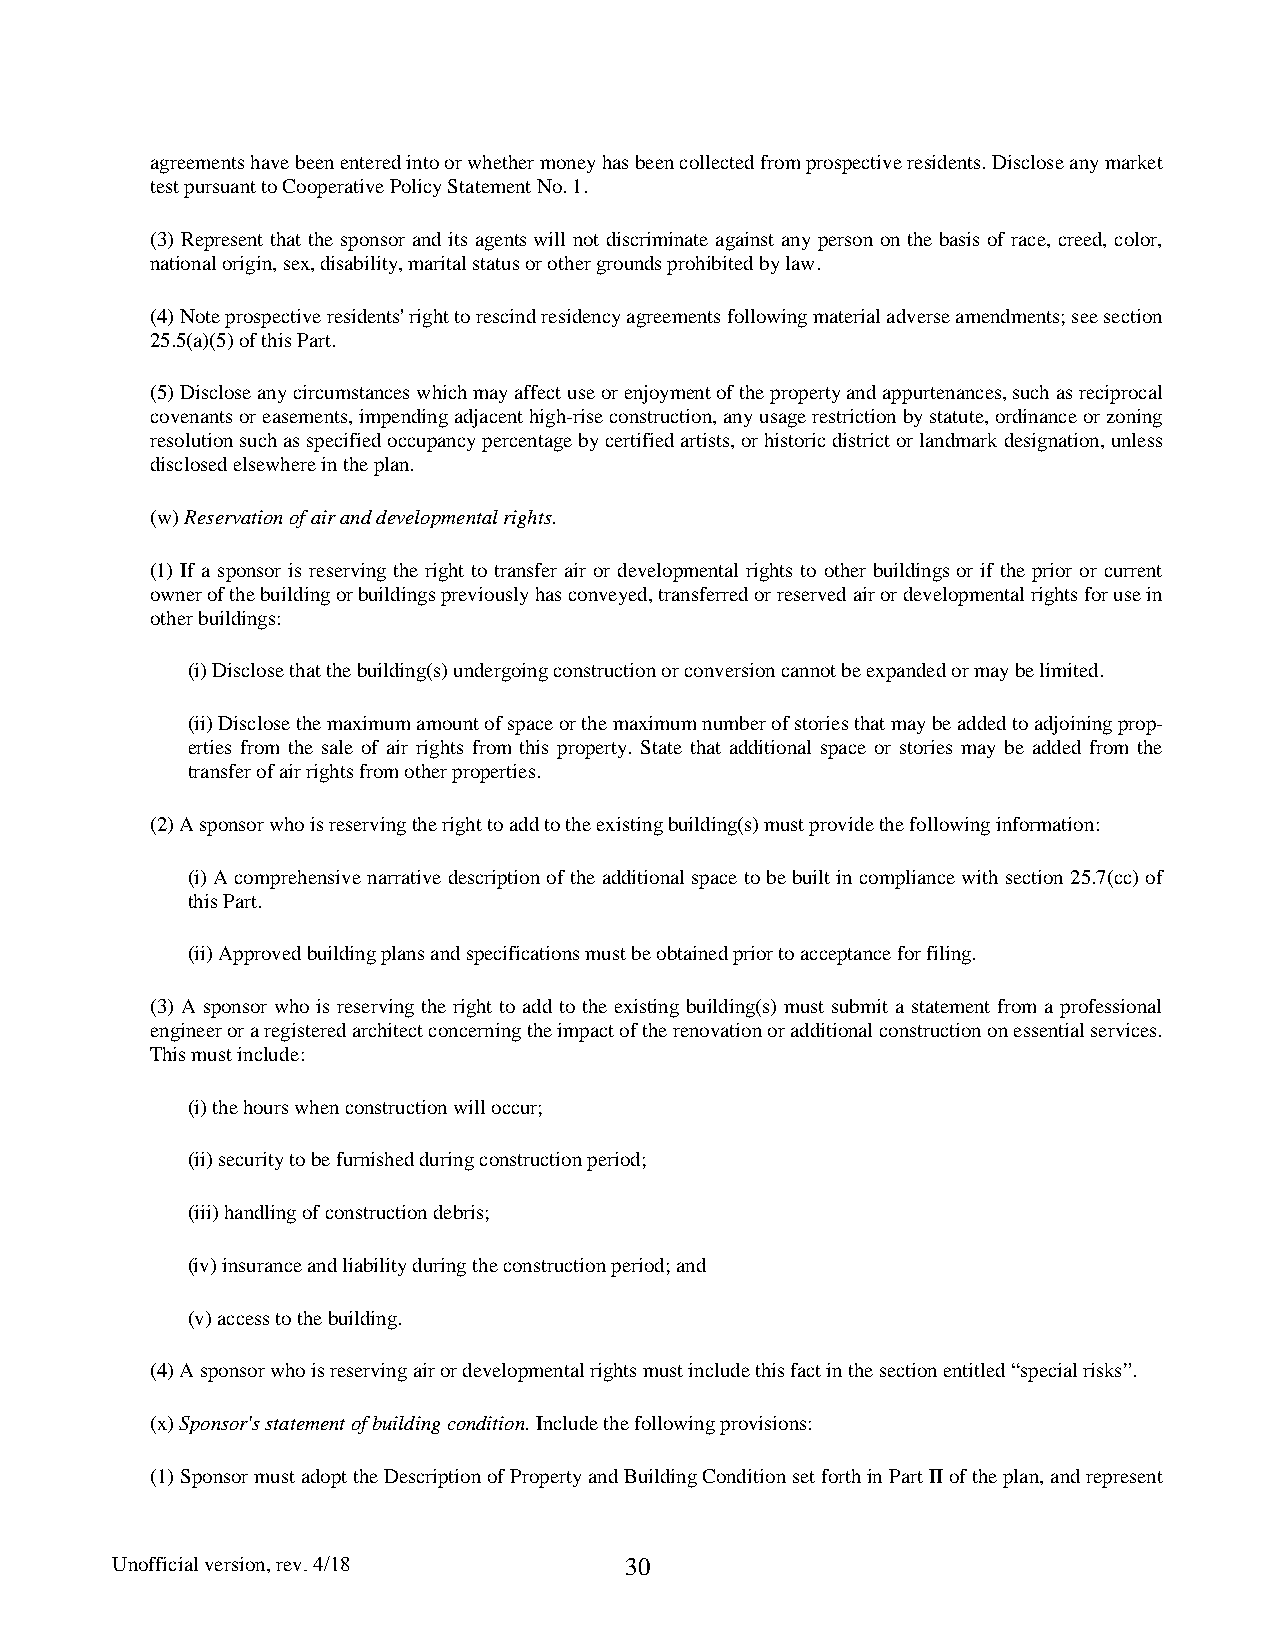
agreements have been entered into or whether money has been collected from prospective residents. Disclose any market
 test pursuant to Cooperative Policy Statement No. 1.
 (3) Represent that the sponsor and its agents will not discriminate against any person on the basis of race, creed, color,
 national origin, sex, disability, marital status or other grounds prohibited by law.
 (4) Note prospective residents' right to rescind residency agreements following material adverse amendments; see section
 25.5(a)(5) of this Part.
 (5) Disclose any circumstances which may affect use or enjoyment of the property and appurtenances, such as reciprocal
 covenants or easements, impending adjacent high-rise construction, any usage restriction by statute, ordinance or zoning
 resolution such as specified occupancy percentage by certified artists, or historic district or landmark designation, unless
 disclosed elsewhere in the plan.
 (w) Reservation of air and developmental rights.
 (1) If a sponsor is reserving the right to transfer air or developmental rights to other buildings or if the prior or current
 owner of the building or buildings previously has conveyed, transferred or reserved air or developmental rights for use in
 other buildings:
 (i) Disclose that the building(s) undergoing construction or conversion cannot be expanded or may be limited.
 (ii) Disclose the maximum amount of space or the maximum number of stories that may be added to adjoining prop-
 erties from the sale of air rights from this property. State that additional space or stories may be added from the
 transfer of air rights from other properties.
 (2) A sponsor who is reserving the right to add to the existing building(s) must provide the following information:
 (i) A comprehensive narrative description of the additional space to be built in compliance with section 25.7(cc) of
 this Part.
 (ii) Approved building plans and specifications must be obtained prior to acceptance for filing.
 (3) A sponsor who is reserving the right to add to the existing building(s) must submit a statement from a professional
 engineer or a registered architect concerning the impact of the renovation or additional construction on essential services.
 This must include:
 (i) the hours when construction will occur;
 (ii) security to be furnished during construction period;
 (iii) handling of construction debris;
 (iv) insurance and liability during the construction period; and
 (v) access to the building.
 (4) A sponsor who is reserving air or developmental rights must include this fact in the section entitled “special risks”.
 (x) Sponsor's statement of building condition. Include the following provisions:
 (1) Sponsor must adopt the Description of Property and Building Condition set forth in Part II of the plan, and represent
 Unofficial version, rev. 4/18     30